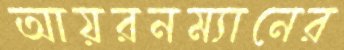
আয়রনম্যানের